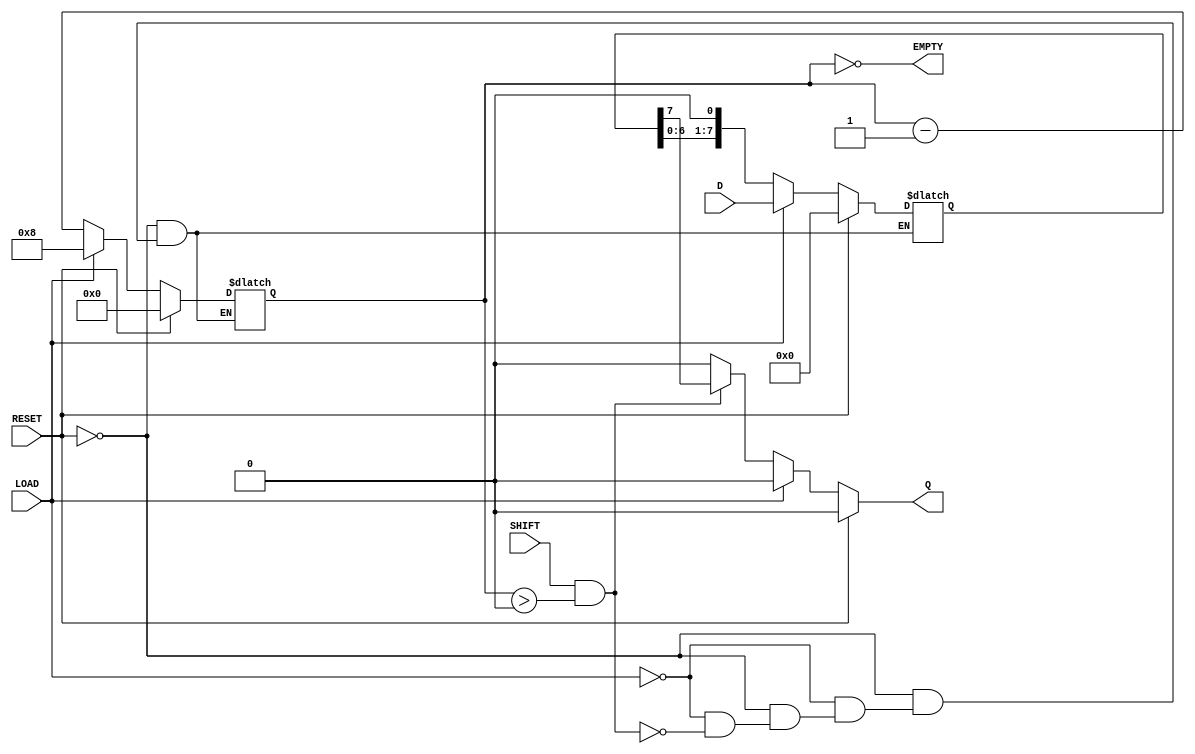
module piso_register #(
    parameter n = 8  // Parameter for the width of the register
)(
    input wire [n-1:0] D,      // Parallel data input
    input wire LOAD,           // Load control signal
    input wire SHIFT,          // Shift control signal
    input wire RESET,          // Asynchronous reset signal
    output reg Q,              // Serial output
    output reg EMPTY           // Flag indicating if the register is empty
);

    reg [n-1:0] shift_reg;     // Shift register storage
    reg [3:0] bit_count;        // Bit counter for tracking shifts

    // Asynchronous process for loading and shifting data
    always @* begin
        // Default output and EMPTY flag
        Q = 1'b0;
        EMPTY = (bit_count == 0);
        
        // Handle resetting the register
        if (RESET) begin
            shift_reg = 0;
            bit_count = 0;
        end
        // Handle loading data
        else if (LOAD) begin
            shift_reg = D;        // Load data
            bit_count = n;        // Set bit count to n
        end
        // Handle shifting data
        else if (SHIFT && (bit_count > 0)) begin
            Q = shift_reg[n-1];  // Output the MSB
            shift_reg = shift_reg << 1; // Shift left
            bit_count = bit_count - 1;     // Decrement the counter
        end
    end

endmodule